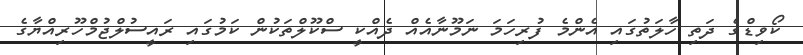
ކޯވިޑްގެ ދަތި ހާލަތުގައި އެންމެ ފުރިހަމަ ނަމޫނާއެއް ދެއްކީ ސްކޫލްތަކުން ކަމުގައި ރައީސުލްޖުމްހޫރިއްޔާގެ